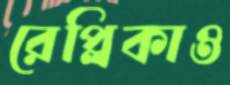
রেপ্লিকাও